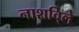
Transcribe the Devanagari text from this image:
नाशवि्ले